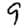
Digit: 9